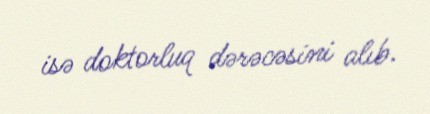
isə doktorluq dərəcəsini alıb.